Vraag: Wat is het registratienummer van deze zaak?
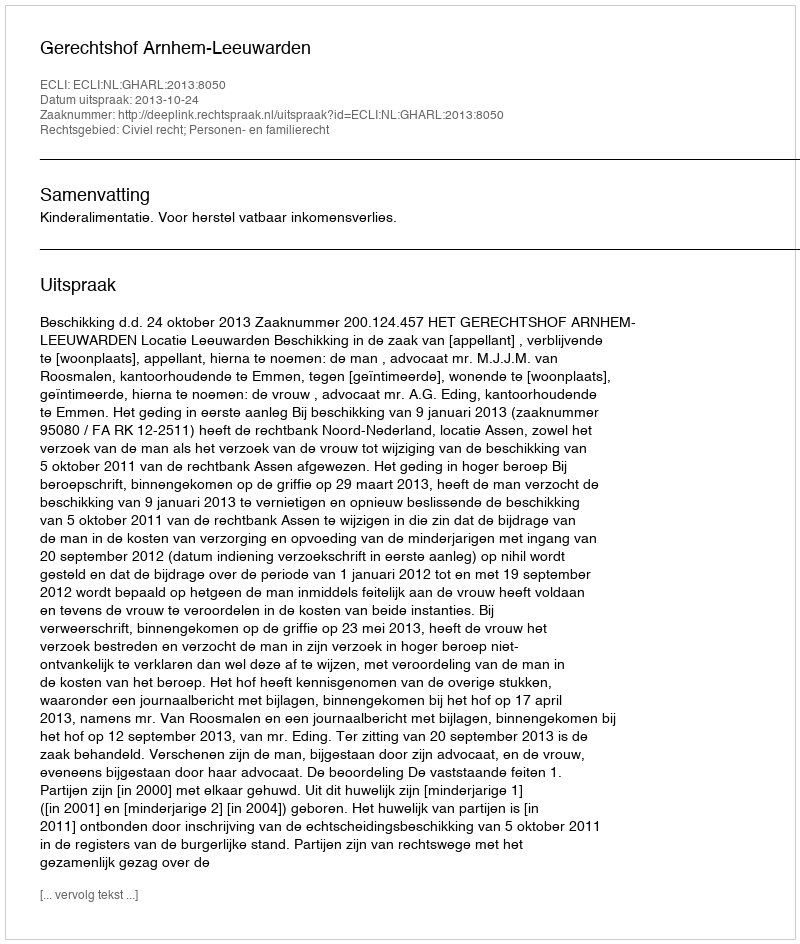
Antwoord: http://deeplink.rechtspraak.nl/uitspraak?id=ECLI:NL:GHARL:2013:8050